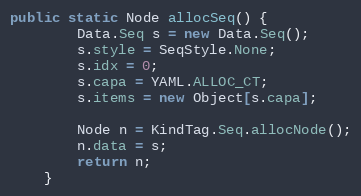
Language: Java
public static Node allocSeq() {
        Data.Seq s = new Data.Seq();
        s.style = SeqStyle.None;
        s.idx = 0;
        s.capa = YAML.ALLOC_CT;
        s.items = new Object[s.capa];

        Node n = KindTag.Seq.allocNode();
        n.data = s;
        return n;
    }